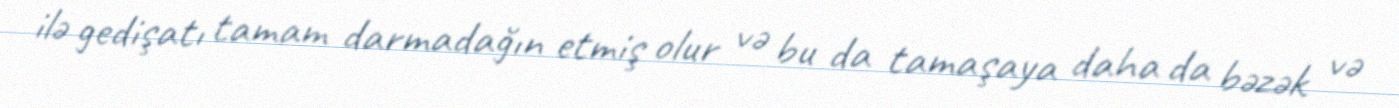
ilə gedişatı tamam darmadağın etmiş olur və bu da tamaşaya daha da bəzək və